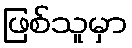
ဖြစ်သူမှာ